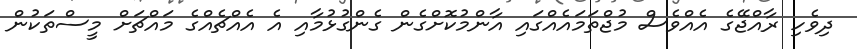
ދިވެހި ރާއްޖޭގެ އެއްވެސް މުޖްތަމައެއްގައި އާންމުކޮށްގެން ގެންގުޅުމާއި އެ އެއްޗެއްގެ މައްޗަށް މީސްތަކުން